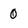
Character: 0